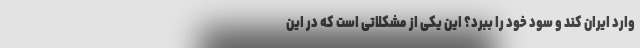
وارد ایران کند و سود خود را ببرد؟ این یکی از مشکلاتی است که در این